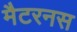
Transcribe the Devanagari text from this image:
मैटरनस